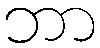
ဘာ